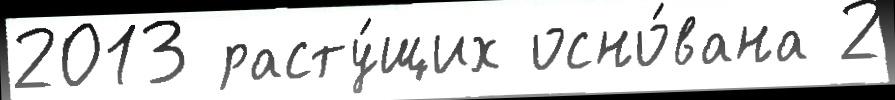
2013 расту́щих осно́вана 2